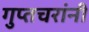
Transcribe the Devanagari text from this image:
गुप्तचरांनी